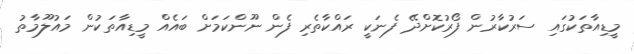
މީޑިއާތަކުގައި ސަރުކާރުން ފޯރުކޮށްދޭ ފެނަކީ ރައްކާތެރި ފެން ނޫންކަމަށް ބައެއް މީޑިއާތަކުން މައުލޫމާތު